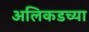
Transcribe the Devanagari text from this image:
अलिकडच्‍या